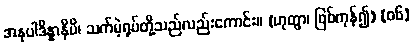
အနုပါဒိန္နာနိပိ၊ သက်မဲ့ရုပ်တို့သည်လည်းကောင်း။ (ဟုတွာ၊ ဖြစ်ကုန်၍) [၀၆]